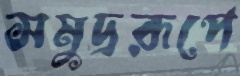
সমুদ্ররূপে